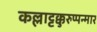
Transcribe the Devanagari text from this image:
कल्लाट्टक्कुरुप्पन्मार